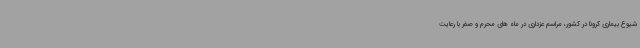
شیوع بیماری کرونا در کشور، مراسم عزداری در ماه های محرم و صفر با رعایت